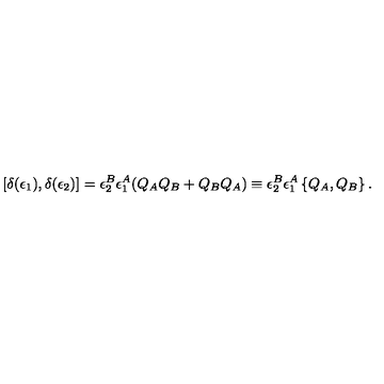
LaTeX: [ \delta ( \epsilon _ { 1 } ) , \delta ( \epsilon _ { 2 } ) ] = \epsilon _ { 2 } ^ { B } \epsilon _ { 1 } ^ { A } ( Q _ { A } Q _ { B } + Q _ { B } Q _ { A } ) \equiv \epsilon _ { 2 } ^ { B } \epsilon _ { 1 } ^ { A } \left\{ Q _ { A } , Q _ { B } \right\} .